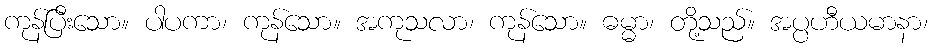
ကုန်ပြီးသော။ ပါပကာ၊ ကုန်သော။ အကုသလာ၊ ကုန်သော။ ဓမ္မာ၊ တို့သည်။ အပ္ပဟီယမာနာ၊